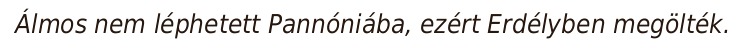
Álmos nem léphetett Pannóniába, ezért Erdélyben megölték.